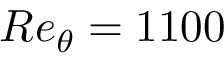
R e _ { \theta } = 1 1 0 0